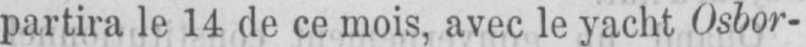
partira le 14 de ce mois, avec le yacht Osbor-